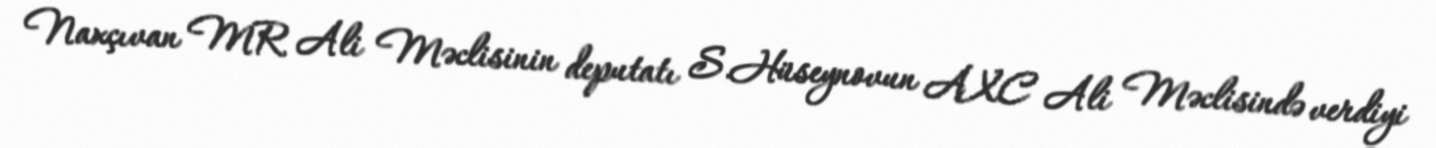
Naxçıvan MR Ali Məclisinin deputatı S.Hüseynovun AXC Ali Məclisində verdiyi